Civil Veterinary Department Bihar & Orissa reports 1929-36 - 1929-1936
Year: 1929
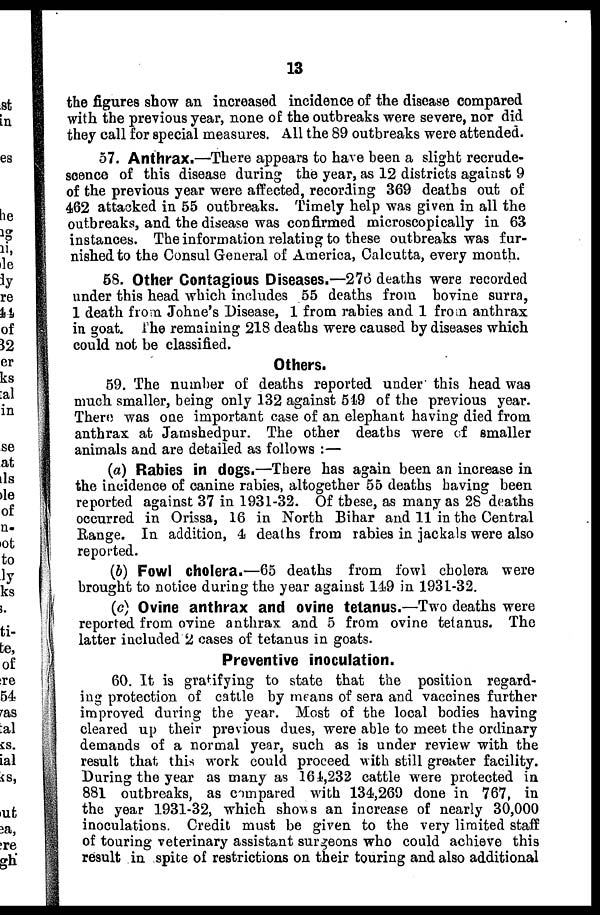
13
the figures show an increased incidence of the disease compared
with the previous year, none of the outbreaks were severe, nor did
they call for special measures. All the 89 outbreaks were attended.
57. Anthrax.—There appears to have been a slight recrude-
scence of this disease during the year, as 12 districts against 9
of the previous year were affected, recording 369 deaths out of
462 attacked in 55 outbreaks. Timely help was given in all the
outbreaks, and the disease was confirmed microscopically in 63
instances. The information relating to these outbreaks was fur-
nished to the Consul General of America, Calcutta, every month.
58. Other Contagious Diseases.—276 deaths were recorded
under this head which includes 55 deaths from bovine surra,
1 death from Johne's Disease, 1 from rabies and 1 from anthrax
in goat The remaining 218 deaths were caused by diseases which
could not be classified.
Others.
59. The number of deaths reported under this head was
much smaller, being only 132 against 549 of the previous year.
There was one important case of an elephant having died from
anthrax at Jamshedpur. The other deaths were of smaller
animals and are detailed as follows :—
(a) Rabies in dogs.—There has again been an increase in
the incidence of canine rabies, altogether 55 deaths having been
reported against 37 in 1931-32. Of these, as many as 28 deaths
occurred in Orissa, 16 in North Bihar and 11 in the Central
Range. In addition, 4 deaths from rabies in jackals were also
reported.
(b) Fowl cholera.—65 deaths from fowl cholera were
brought to notice during the year against 149 in 1931-32.
(c) Ovine anthrax and ovine tetanus.—Two deaths were
reported from ovine anthrax and 5 from ovine tetanus. The
latter included 2 cases of tetanus in goats.
Preventive inoculation.
60. It is gratifying to state that the position regard-
ing protection of cattle by means of sera and vaccines further
improved during the year. Most of the local bodies having
cleared up their previous dues, were able to meet the ordinary
demands of a normal year, such as is under review with the
result that this work could proceed with still greater facility.
During the year as many as 164,232 cattle were protected in
881 outbreaks, as compared with 134,269 done in 767, in
the year 1931-32, which shows an increase of nearly 30,000
inoculations. Credit must be given to the very limited staff
of touring veterinary assistant surgeons who could achieve this
result in spite of restrictions on their touring and also additional